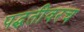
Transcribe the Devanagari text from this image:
पद्धतीवरच